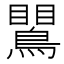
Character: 𪄙